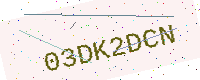
Text: 03DK2DCN